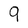
Character: 9